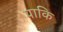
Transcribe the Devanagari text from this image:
पाकि